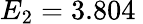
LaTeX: E_{2}=3.804\